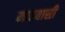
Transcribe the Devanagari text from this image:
माहवासी